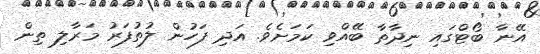
އޭނާ ބޯޓްގައި ނިދާތާ ބޭއްވި ކަމަށެވެ. އަދި ފަހުން ލުތުފަރު މަރާލި ތިން